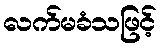
လက်မခံသဖြင့်